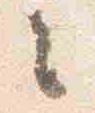
々